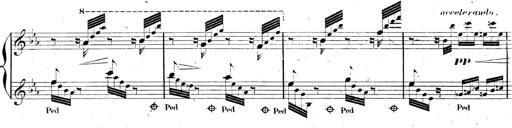
Title: AnnÃ©es de pÃ¨lerinage II, SupplÃ©ment
Composer: Franz Liszt